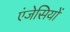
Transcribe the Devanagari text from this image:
एंजेसियों